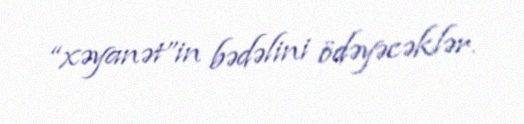
“xəyanət”in bədəlini ödəyəcəklər.